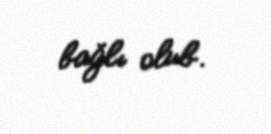
bağlı olub.